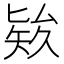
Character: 𥏑